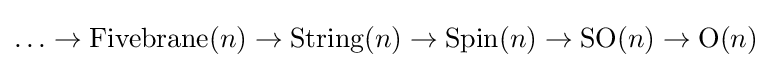
\ldots \rightarrow {\text{Fivebrane}}(n)\rightarrow {\text{String}}(n)\rightarrow {\text{Spin}}(n)\rightarrow {\text{SO}}(n)\rightarrow {\text{O}}(n)